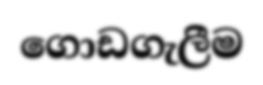
ගොඩගැලීම